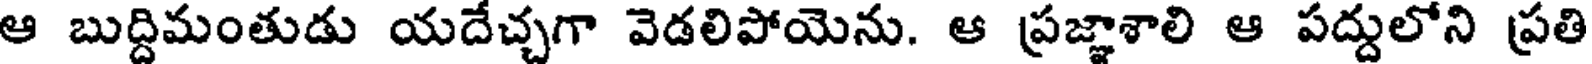
ఆ బుద్దిమంతుడు యదేచ్చగా వెడలిపోయెను. ఆ ప్రజ్ఞాశాలి ఆ పద్దులోని ప్రతి